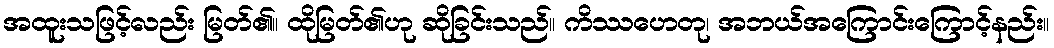
အထူးသဖြင့်လည်း မြတ်၏။ ထိုမြတ်၏ဟု ဆိုခြင်းသည်။ ကိဿဟေတု၊ အဘယ်အကြောင်းကြောင့်နည်း။